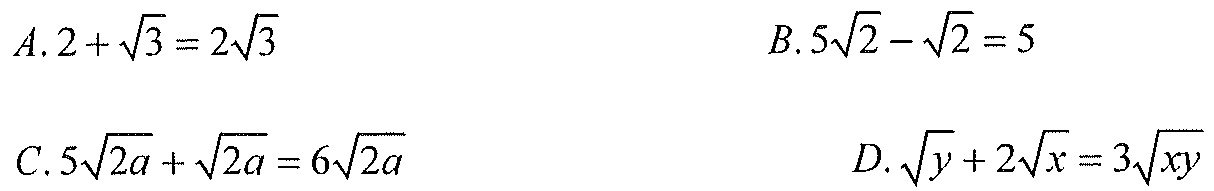
\(A.2 + \sqrt{3}=2\sqrt{3}\)  \(B.5\sqrt{2}-\sqrt{2}=5\)
\(C.5\sqrt{2a}+\sqrt{2a}=6\sqrt{2a}\)  \(D.\sqrt{y}+2\sqrt{x}=3\sqrt{xy}\)